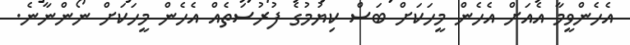
އެހެންވީމާ އެއަށް އެހެން މީހަކަށް ބަސް ކިޔުމުގެ ފުރުސަތެއް އެހެން މީހަކަށް ނޯންނާނެ.